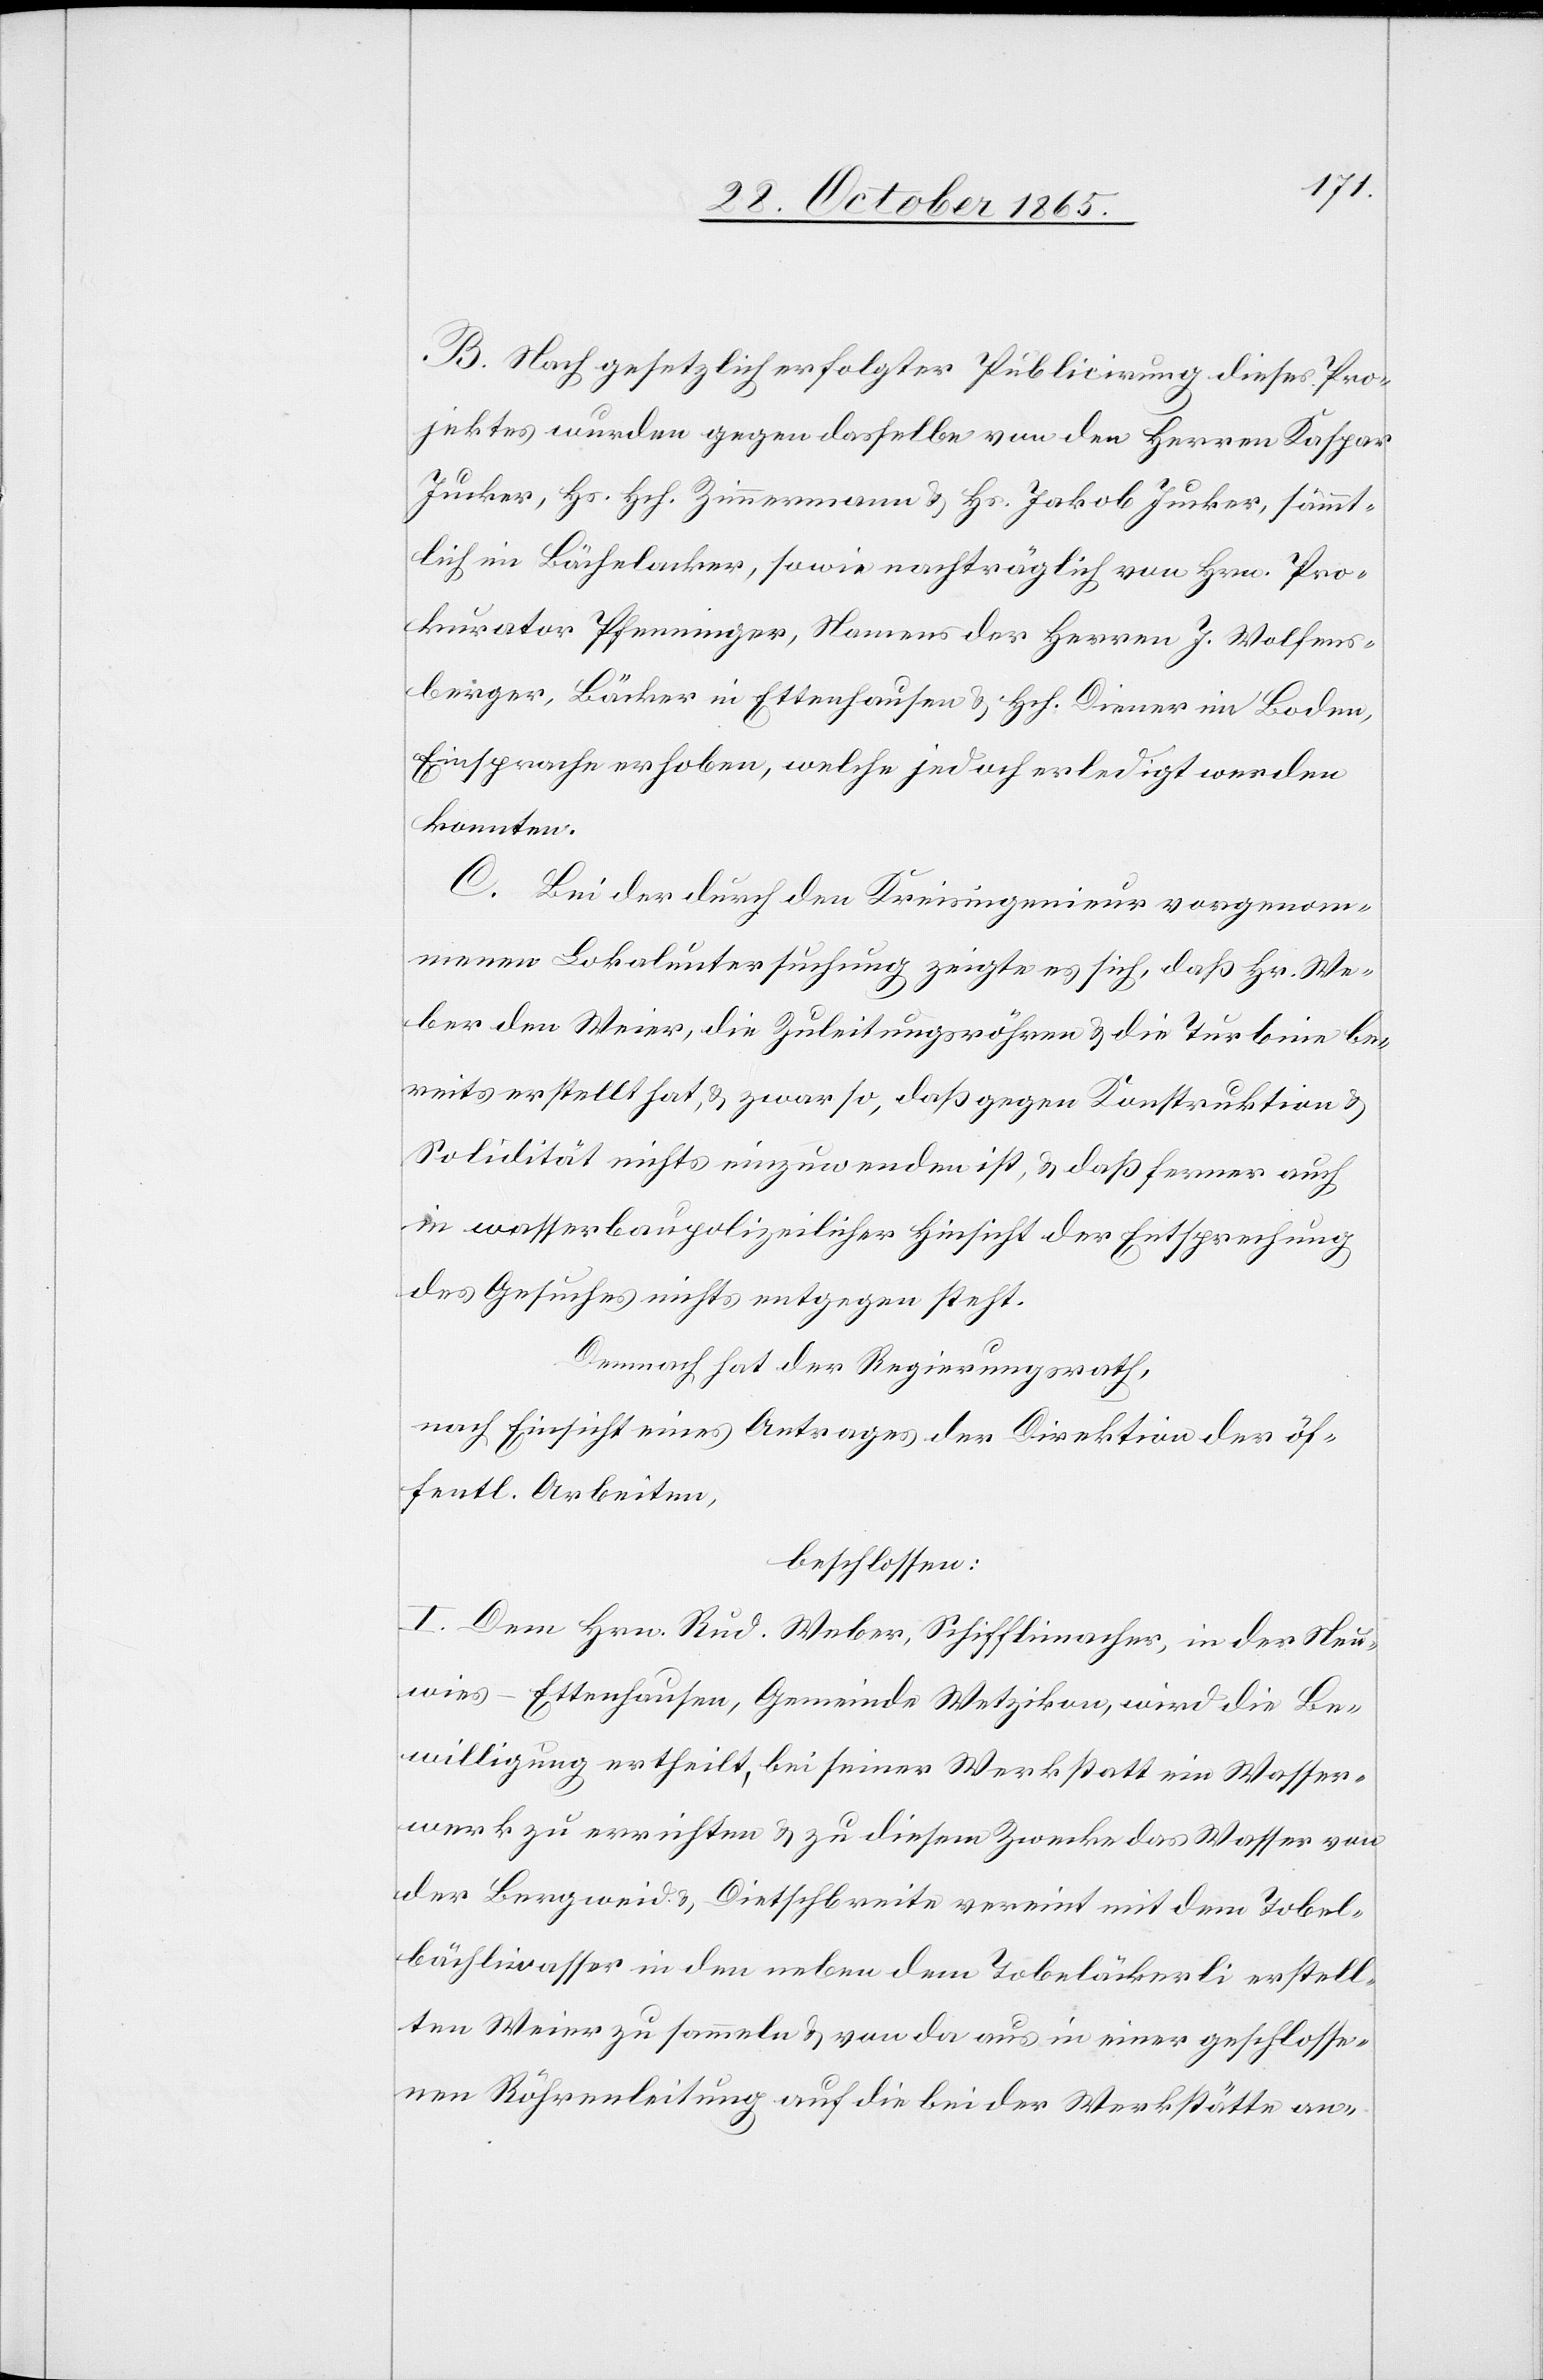
B. Nach gesetzlich erfolgter Publicirung dieses Pro¬
jektes wurden gegen dasselbe von den Herren Kaspar
Jucker, Hs. Hch. Zimmermann & Hs. Jakob Jucker, sämmt¬
lich im Bächelacker, sowie nachträglich von Hrn. Pro¬
kurator Pfenninger, Namens der Herren J. Wolfens¬
berger, Bäcker in Ettenhausen & Hch. Diener im Boden,
Einsprache[n] erhoben, welche jedoch erledigt werden
konnten.
C. Bei der durch den Kreisingenieur vorgenom¬
menen Lokaluntersuchung zeigte es sich, daß Hr. We¬
ber den Weier, die Zuleitungsröhren & die Turbine be¬
reits erstellt hat, & zwar so, daß gegen Konstruktion &
Solidität nichts einzuwenden ist, & daß ferner auch
in wasserbaupolizeilicher Hinsicht der Entsprechung
des Gesuches nichts entgegen steht.
Demnach hat der Regierungsrath,
nach Einsicht eines Antrages der Direktion der öf¬
fentl. Arbeiten,
beschlossen:
I. Dem Hrn. Rud. Weber, Schifflimacher, in der Neu¬
wies - Ettenhausen, Gemeinde Wetzikon, wird die Be¬
willigung ertheilt, bei seiner Werkstatt ein Wasser¬
werk zu errichten & zu diesem Zwecke das Wasser von
der Bergweid & Dietschbreite vereint mit dem Tobel¬
bächliwasser in dem neben dem Tobeläckerli erstell¬
ten Weier zu sammeln & von da aus in einer geschlosse¬
nen Röhrenleitung auf die bei der Werkstätte an-